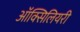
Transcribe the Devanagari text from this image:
ऑक्सिलियरी